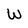
Character: W